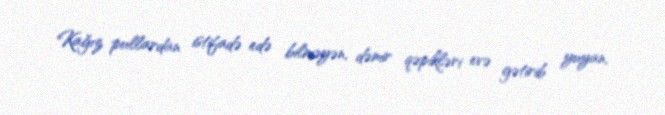
Kağız pullardan istifadə edə bilməyən, dəmir qəpikləri evə gətirib yuyan,